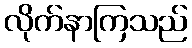
လိုက်နာကြသည်